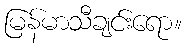
မြန်မာသီချင်းရော။